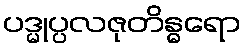
ပဒ္မုပ္ပလဇုတိန္ဓရော